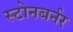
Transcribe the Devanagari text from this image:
स्टोनबर्नर